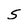
Character: S